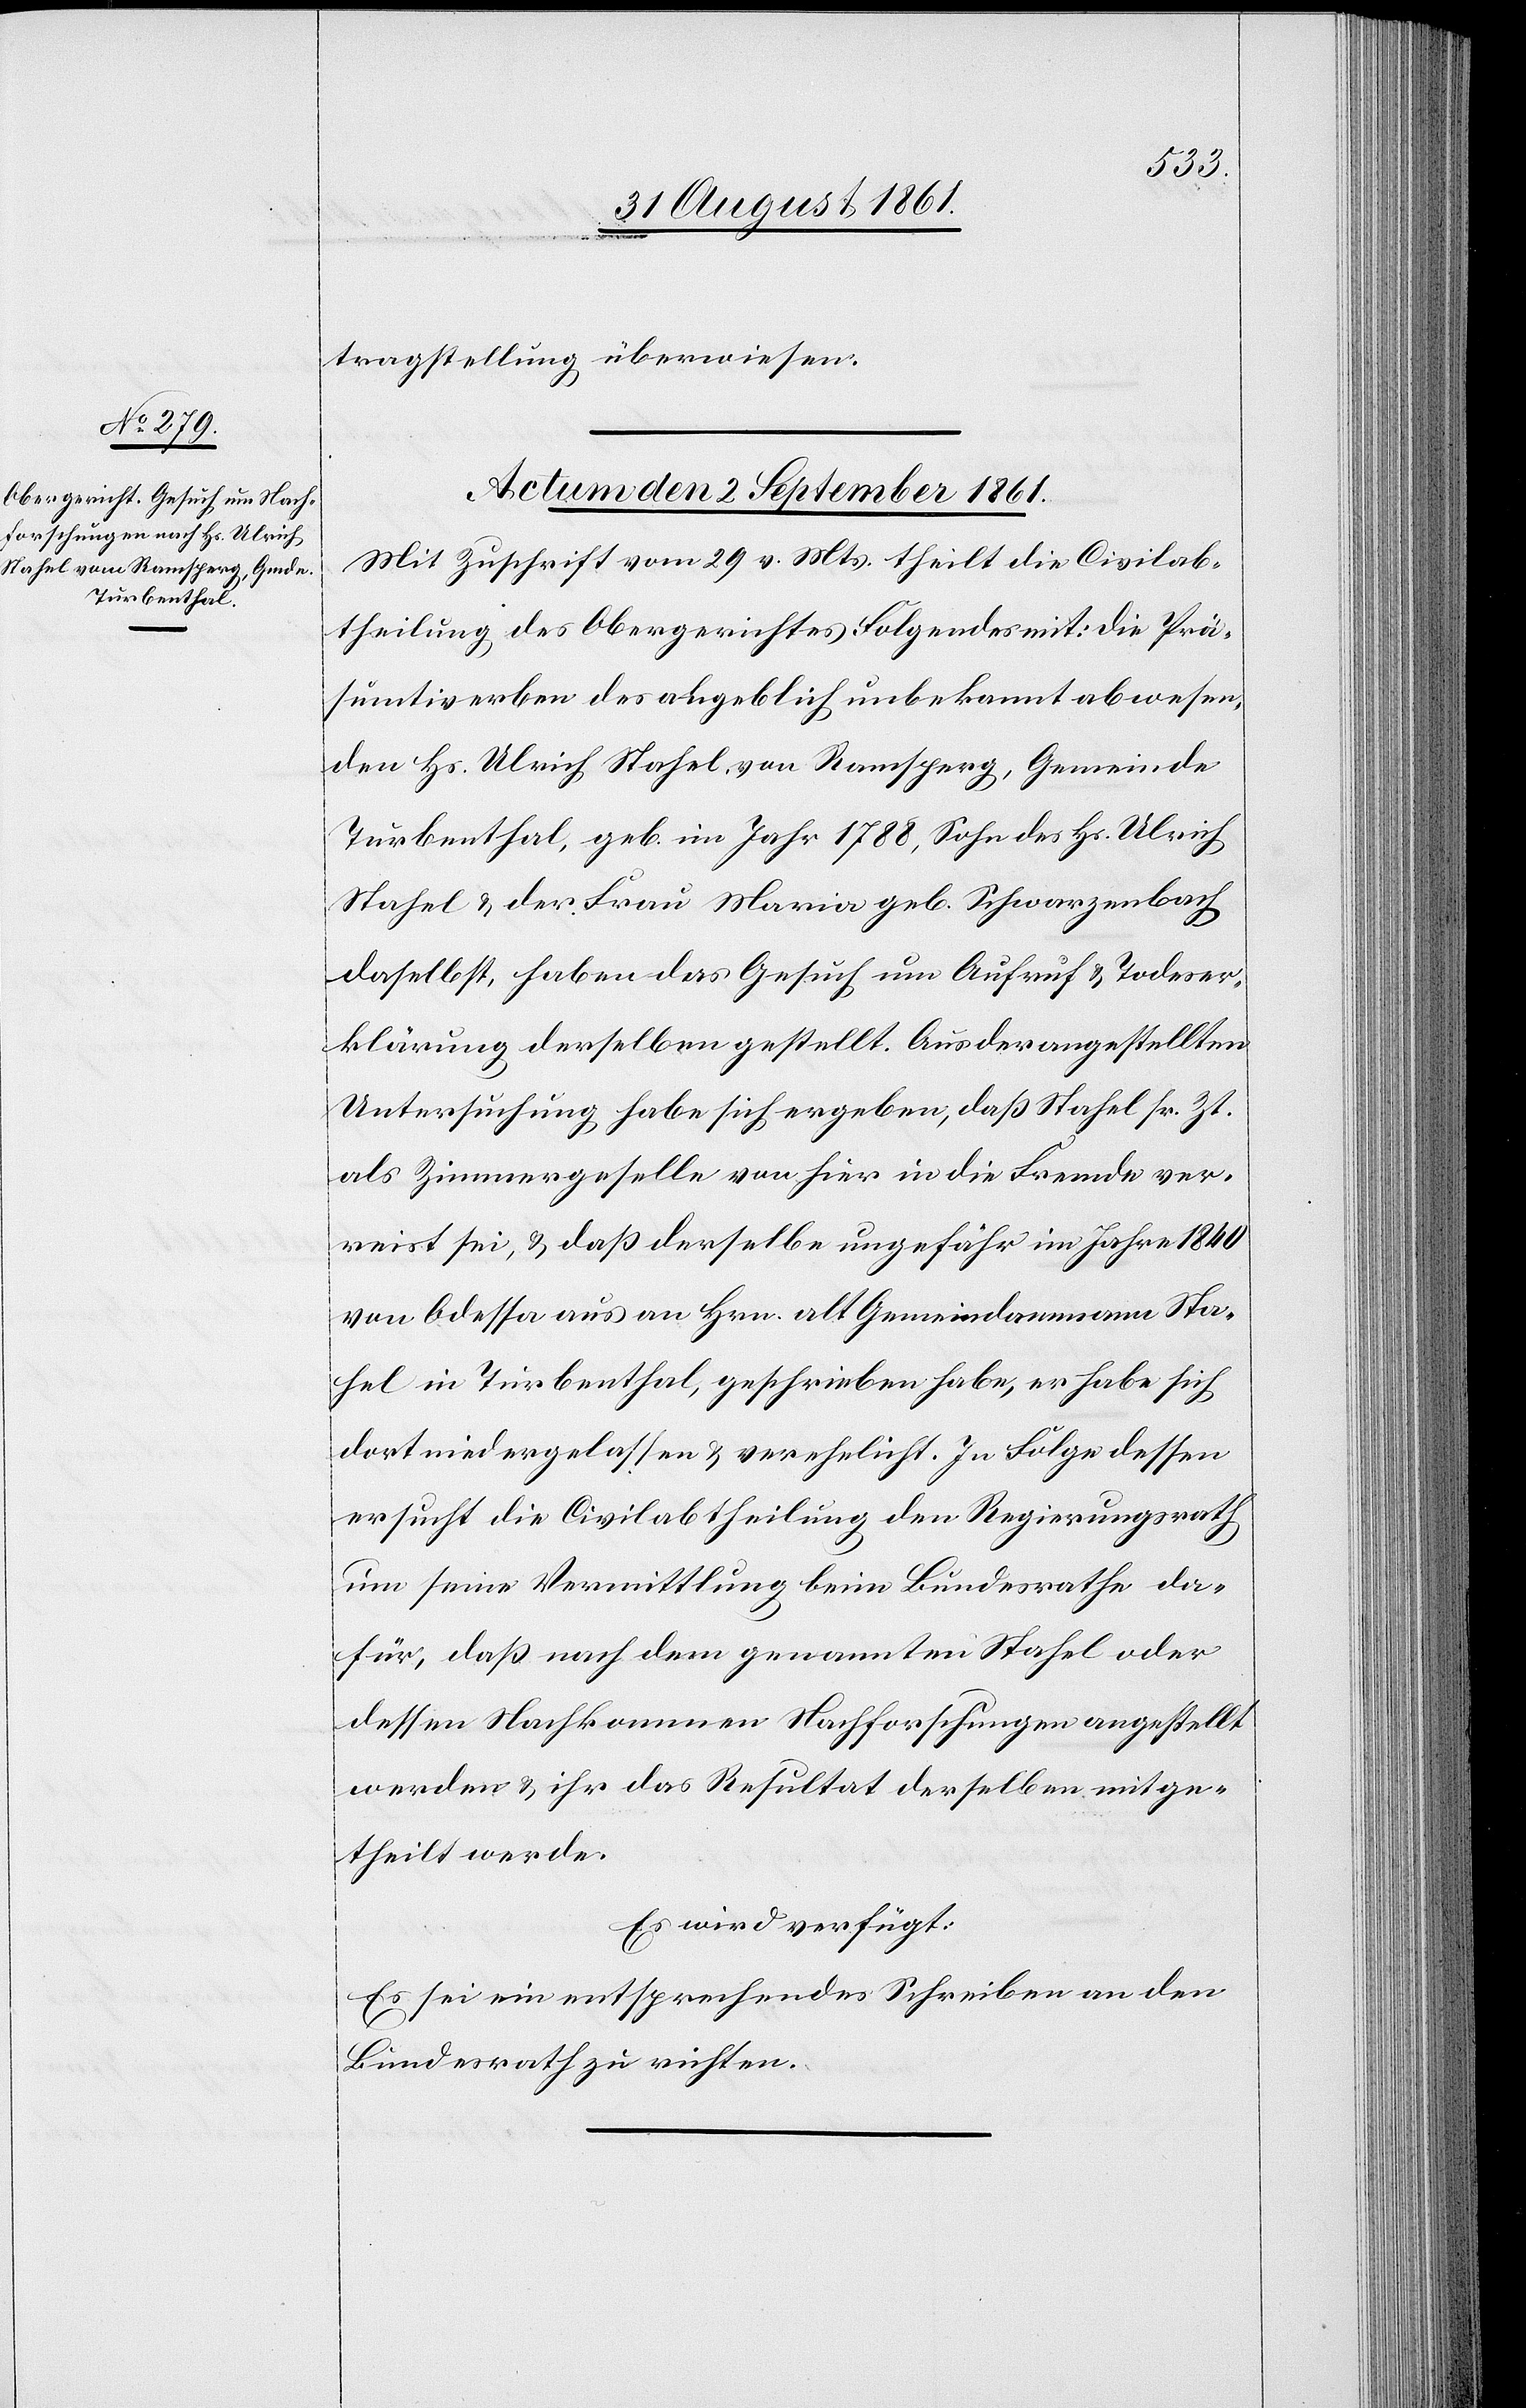
tragstellung überwiesen.
Actum den 2 September 1861.
Mit Zuschrift vom 29 v. Mts. theilt die Civilab¬
theilung des Obergerichtes Folgendes mit: die Prä¬
sumtiverben des angeblich unbekannt abwesen¬
den Hs. Ulrich Stahel von Ramsperg, Gemeinde
Turbenthal, geb. im Jahr 1788, Sohn des Hs. Ulrich
Stahel u. der Frau Maria geb. Schwarzenbach
daselbst, haben das Gesuch um Aufruf u. Todeser¬
klärung derselben gestellt. Aus der angestellten
Untersuchung habe sich ergeben, daß Stahel sr. Zt.
als Zimmergeselle von hier in die Fremde ver¬
reist sei, u. daß derselbe ungefähr im Jahre 1840
von Odessa aus an Hrn. alt Gemeindammann Sta¬
hel in Turbenthal, geschrieben habe, er habe sich
dort niedergelassen u. verehelicht. In Folge dessen
ersucht die Civilabtheilung den Regierungsrath
um seine Vermittlung beim Bundesrathe da¬
für, daß nach dem genannten Stahel oder
dessen Nachkommmen Nachforschungen angestellt
werden u. ihr das Resultat derselben mitge¬
theilt werde.
Es wird verfügt:
Es sei ein entsprechendes Schreiben an den
Bundesrath zu richten.